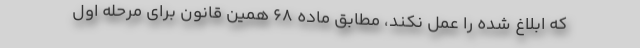
که ابلاغ شده را عمل نکند، مطابق ماده ۶۸ همین قانون برای مرحله اول